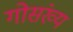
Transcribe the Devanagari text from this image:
गोसंख्य